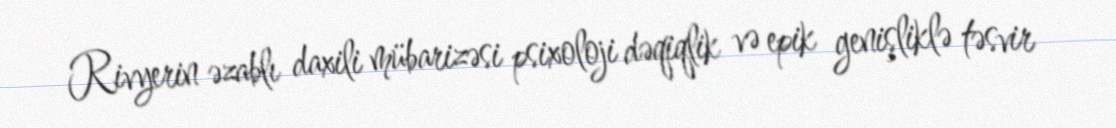
Rivyerin əzablı daxili mübarizəsi psixoloji dəqiqlik və epik genişliklə təsvir